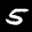
Label: 5